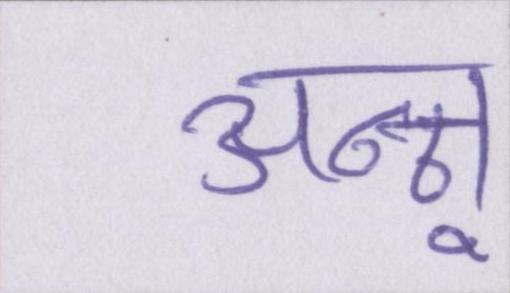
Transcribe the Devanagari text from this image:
अन्नू